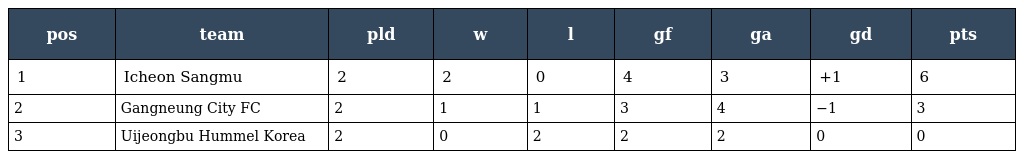
| pos | team | pld | w | l | gf | ga | gd | pts |
 | --- | --- | --- | --- | --- | --- | --- | --- | --- |
 | 1 | Icheon Sangmu | 2 | 2 | 0 | 4 | 3 | +1 | 6 |
 | 2 | Gangneung City FC | 2 | 1 | 1 | 3 | 4 | −1 | 3 |
 | 3 | Uijeongbu Hummel Korea | 2 | 0 | 2 | 2 | 2 | 0 | 0 |